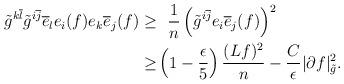
LaTeX: \begin{align*}\tilde{g}^{k\overline{l}}\tilde{g}^{i\overline{j}}\overline{e}_{l}e_{i}(f)e_{k}\overline{e}_{j}(f) \geq &~~ \frac{1}{n}\left(\tilde{g}^{i\overline{j}}e_{i}\overline{e}_{j}(f)\right)^{2}\\\geq & \left(1-\frac{\epsilon}{5}\right)\frac{(Lf)^{2}}{n}-\frac{C}{\epsilon}|\partial f|_{\tilde{g}}^{2}.\end{align*}